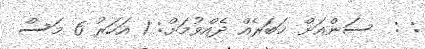
: :  ސަންއަށް ޚަބަރެއް ދެއްވުމަށް: 1 އަހަރު 6 މަސް